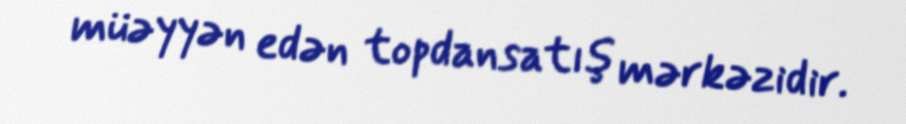
müəyyən edən topdansatış mərkəzidir.